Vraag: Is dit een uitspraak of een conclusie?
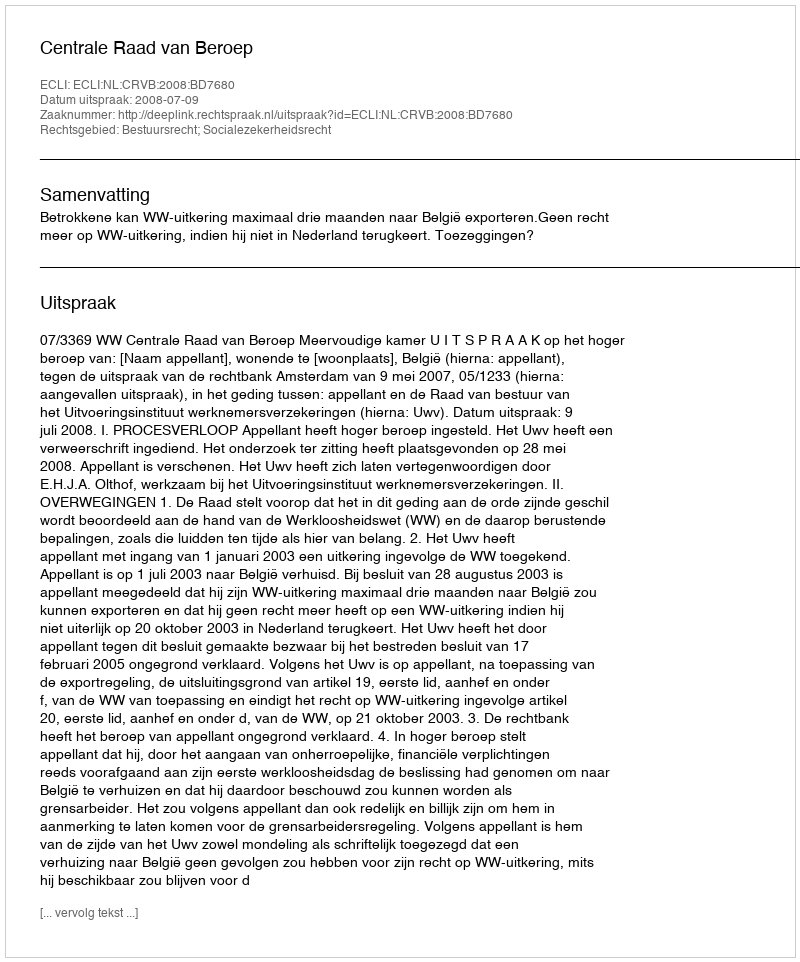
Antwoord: Uitspraak